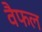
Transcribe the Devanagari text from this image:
वैफल